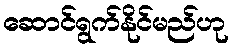
ဆောင်ရွက်နိုင်မည်ဟု